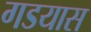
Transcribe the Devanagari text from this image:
गडयास